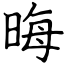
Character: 晦